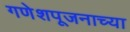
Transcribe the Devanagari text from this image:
गणेशपूजनाच्या